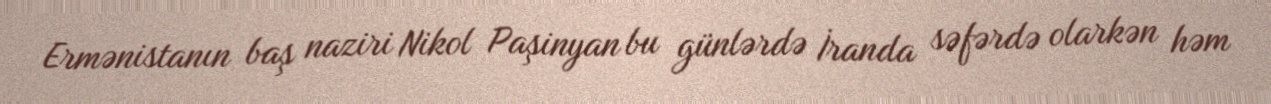
Ermənistanın baş naziri Nikol Paşinyan bu günlərdə İranda səfərdə olarkən həm